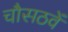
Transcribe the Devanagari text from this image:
चौसठवें